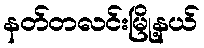
နတ်တလင်းမြို့နယ်